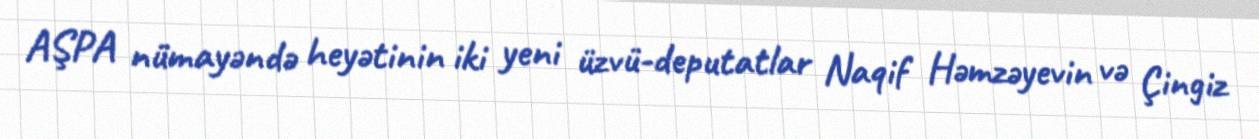
AŞPA nümayəndə heyətinin iki yeni üzvü-deputatlar Naqif Həmzəyevin və Çingiz